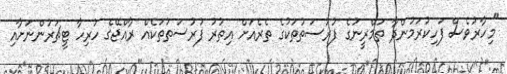
"މިހާރުވެސް ފަހިކުރަމުންދާ ތަމްރީނުގެ ފުރުސަތުތަކުގެ ތެރެއަށް އިތުރު ފުރުސަތުތަކެއް ރާއްޖޭގެ ހުރިހާ ޓީޗަރުންނަށާއި